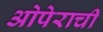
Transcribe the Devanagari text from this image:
ओपेराची